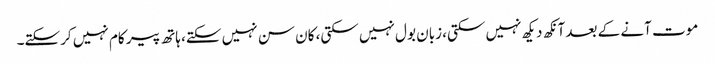
موت آنے کے بعد آنکھ دیکھ نہیں سکتی، زبان بول نہیں سکتی، کان سن نہیں سکتے، ہاتھ پیر کام نہیں کرسکتے۔